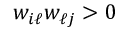
w _ { i \ell } w _ { \ell j } > 0